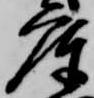
庫